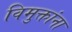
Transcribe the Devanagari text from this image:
विमुक्तांना